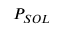
P _ { S O L }